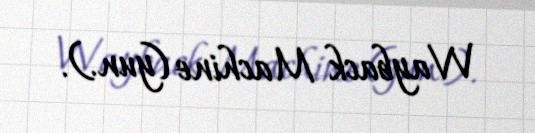
Wayback Machine (yun.).